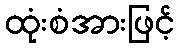
ထုံးစံအားဖြင့်